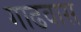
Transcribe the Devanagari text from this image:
गाढवास